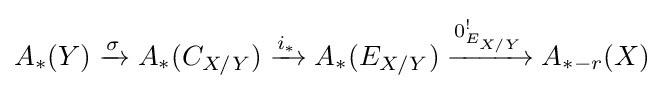
A_{*}(Y)\xrightarrow {\sigma } A_{*}(C_{X/Y})\xrightarrow {i_{*}} A_{*}(E_{X/Y})\xrightarrow {0_{E_{X/Y}}^{!}} A_{*-r}(X)